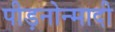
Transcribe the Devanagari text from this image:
पीड़नोन्मादी